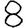
Digit: 8